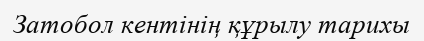
Затобол кентінің құрылу тарихы